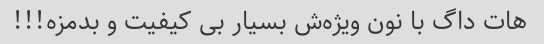
هات داگ با نون ویژه‌ش بسیار بی کیفیت و بدمزه!!!